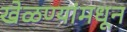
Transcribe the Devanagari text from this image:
खेळण्यांमधून